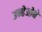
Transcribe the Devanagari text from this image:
उन्हेओने